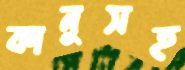
কানুসহ